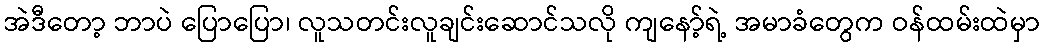
အဲဒီတော့ ဘာပဲ ပြောပြော၊ လူသတင်းလူချင်းဆောင်သလို ကျနော့်ရဲ့ အမာခံတွေက ဝန်ထမ်းထဲမှာ